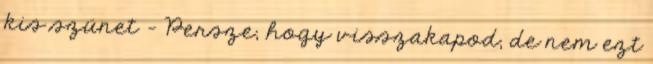
kis szünet – Persze, hogy visszakapod, de nem ezt